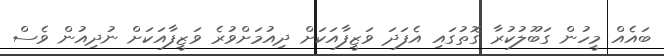
ބައެއް މީހުން ގަބޫލުކުރާ ގޮތުގައި އެފަދަ ވަޒީފާއަކަށް ދިއުމަށްވުރެ ވަޒީފާއަކަށް ނުދިއުން ވެސް